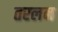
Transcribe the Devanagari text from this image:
तरलन